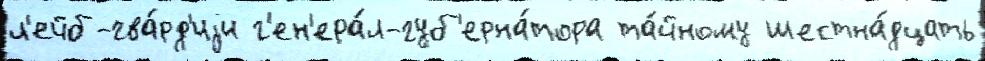
л'ейб-гва́рд'иjи г'ен'ера́л-губ'ерна́тора та́йному шестна́дцать